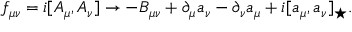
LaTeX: f _ { \mu \nu } = i [ A _ { \mu } , A _ { \nu } ] \rightarrow - B _ { \mu \nu } + \partial _ { \mu } a _ { \nu } - \partial _ { \nu } a _ { \mu } + i [ a _ { \mu } , a _ { \nu } ] _ { \star } .